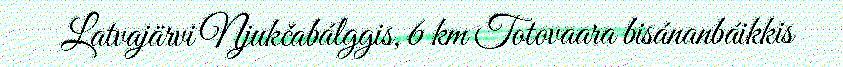
Latvajärvi Njukčabálggis, 6 km Totovaara bisánanbáikkis